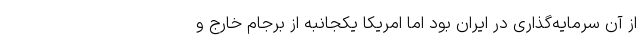
از آن سرمایه‌گذاری در ایران بود اما امریکا یکجانبه از برجام خارج و